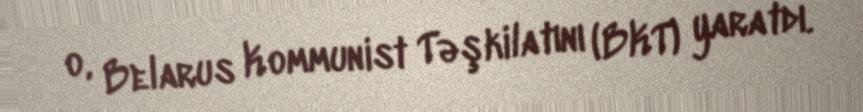
o, Belarus Kommunist Təşkilatını (BKT) yaratdı.